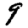
Digit: 9